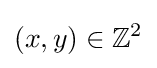
(x,y)\in \mathbb {Z} ^{2}